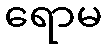
ရောမ